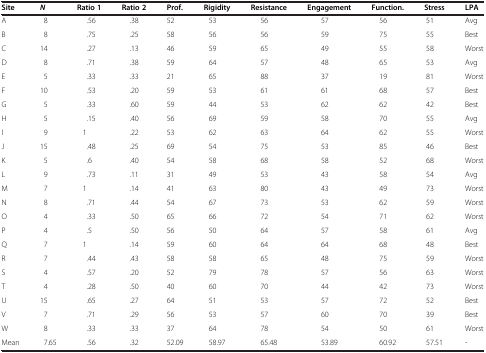
<table><thead><tr><td><b>Site</b></td><td><b><i>N</i></b></td><td><b>Ratio 1</b></td><td><b>Ratio 2</b></td><td><b>Prof.</b></td><td><b>Rigidity</b></td><td><b>Resistance</b></td><td><b>Engagement</b></td><td><b>Function.</b></td><td><b>Stress</b></td><td><b>LPA</b></td></tr></thead><tbody><tr><td>A</td><td>8</td><td>.56</td><td>.38</td><td>52</td><td>53</td><td>56</td><td>57</td><td>56</td><td>51</td><td>Avg</td></tr><tr><td>B</td><td>8</td><td>.75</td><td>.25</td><td>58</td><td>56</td><td>56</td><td>59</td><td>75</td><td>55</td><td>Best</td></tr><tr><td>C</td><td>14</td><td>.27</td><td>.13</td><td>46</td><td>59</td><td>65</td><td>49</td><td>55</td><td>58</td><td>Worst</td></tr><tr><td>D</td><td>8</td><td>.71</td><td>.38</td><td>59</td><td>64</td><td>57</td><td>48</td><td>65</td><td>53</td><td>Avg</td></tr><tr><td>E</td><td>5</td><td>.33</td><td>.33</td><td>21</td><td>65</td><td>88</td><td>37</td><td>19</td><td>81</td><td>Worst</td></tr><tr><td>F</td><td>10</td><td>.53</td><td>.20</td><td>59</td><td>53</td><td>61</td><td>61</td><td>68</td><td>57</td><td>Best</td></tr><tr><td>G</td><td>5</td><td>.33</td><td>.60</td><td>59</td><td>44</td><td>53</td><td>62</td><td>62</td><td>42</td><td>Best</td></tr><tr><td>H</td><td>5</td><td>.15</td><td>.40</td><td>56</td><td>69</td><td>59</td><td>58</td><td>70</td><td>55</td><td>Avg</td></tr><tr><td>I</td><td>9</td><td>1</td><td>.22</td><td>53</td><td>62</td><td>63</td><td>64</td><td>62</td><td>55</td><td>Worst</td></tr><tr><td>J</td><td>15</td><td>.48</td><td>.25</td><td>69</td><td>54</td><td>75</td><td>53</td><td>85</td><td>46</td><td>Best</td></tr><tr><td>K</td><td>5</td><td>.6</td><td>.40</td><td>54</td><td>58</td><td>68</td><td>58</td><td>52</td><td>68</td><td>Worst</td></tr><tr><td>L</td><td>9</td><td>.73</td><td>.11</td><td>31</td><td>49</td><td>53</td><td>43</td><td>58</td><td>54</td><td>Avg</td></tr><tr><td>M</td><td>7</td><td>1</td><td>.14</td><td>41</td><td>63</td><td>80</td><td>43</td><td>49</td><td>73</td><td>Worst</td></tr><tr><td>N</td><td>8</td><td>.71</td><td>.44</td><td>54</td><td>67</td><td>73</td><td>53</td><td>62</td><td>59</td><td>Worst</td></tr><tr><td>O</td><td>4</td><td>.33</td><td>.50</td><td>65</td><td>66</td><td>72</td><td>54</td><td>71</td><td>62</td><td>Worst</td></tr><tr><td>P</td><td>4</td><td>.5</td><td>.50</td><td>56</td><td>50</td><td>64</td><td>57</td><td>58</td><td>61</td><td>Avg</td></tr><tr><td>Q</td><td>7</td><td>1</td><td>.14</td><td>59</td><td>60</td><td>64</td><td>64</td><td>68</td><td>48</td><td>Best</td></tr><tr><td>R</td><td>7</td><td>.44</td><td>.43</td><td>58</td><td>58</td><td>65</td><td>48</td><td>75</td><td>59</td><td>Worst</td></tr><tr><td>S</td><td>4</td><td>.57</td><td>.20</td><td>52</td><td>79</td><td>78</td><td>57</td><td>56</td><td>63</td><td>Worst</td></tr><tr><td>T</td><td>4</td><td>.28</td><td>.50</td><td>40</td><td>60</td><td>70</td><td>44</td><td>42</td><td>73</td><td>Worst</td></tr><tr><td>U</td><td>15</td><td>.65</td><td>.27</td><td>64</td><td>51</td><td>53</td><td>57</td><td>72</td><td>52</td><td>Best</td></tr><tr><td>V</td><td>7</td><td>.71</td><td>.29</td><td>56</td><td>53</td><td>57</td><td>60</td><td>70</td><td>39</td><td>Best</td></tr><tr><td>W</td><td>8</td><td>.33</td><td>.33</td><td>37</td><td>64</td><td>78</td><td>54</td><td>50</td><td>61</td><td>Worst</td></tr><tr><td>Mean</td><td>7.65</td><td>.56</td><td>.32</td><td>52.09</td><td>58.97</td><td>65.48</td><td>53.89</td><td>60.92</td><td>57.51</td><td>-</td></tr></tbody></table>